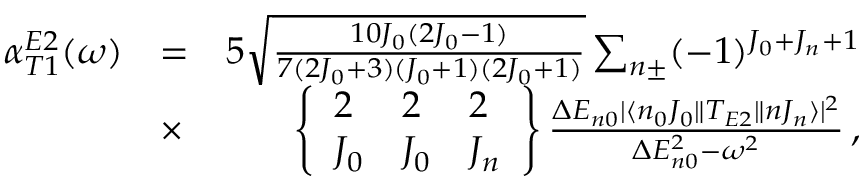
\begin{array} { r l r } { \alpha _ { T 1 } ^ { E 2 } ( \omega ) } & { = } & { 5 \sqrt { \frac { 1 0 J _ { 0 } ( 2 J _ { 0 } - 1 ) } { 7 ( 2 J _ { 0 } + 3 ) ( J _ { 0 } + 1 ) ( 2 J _ { 0 } + 1 ) } } \sum _ { n \pm } ( - 1 ) ^ { J _ { 0 } + J _ { n } + 1 } } \\ & { \times } & { \left\{ \begin{array} { l l l } { 2 } & { 2 } & { 2 } \\ { J _ { 0 } } & { J _ { 0 } } & { J _ { n } } \end{array} \right\} \frac { \Delta E _ { n 0 } | \langle n _ { 0 } J _ { 0 } \| T _ { E 2 } \| n J _ { n } \rangle | ^ { 2 } } { \Delta E _ { n 0 } ^ { 2 } - \omega ^ { 2 } } \, , } \end{array}